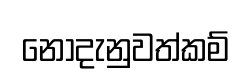
නොදැනුවත්කම්